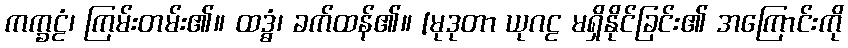
ကက္ခဠံ၊ ကြမ်းတမ်း၏။ ထဒ္ဓံ၊ ခက်ထန်၏။ [မုဒုတာ ယုဂဠ မရှိနိုင်ခြင်း၏ အကြောင်းကို